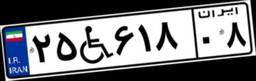
۲۷W۴۷۱۵۵